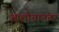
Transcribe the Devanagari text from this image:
आशौचानंतर